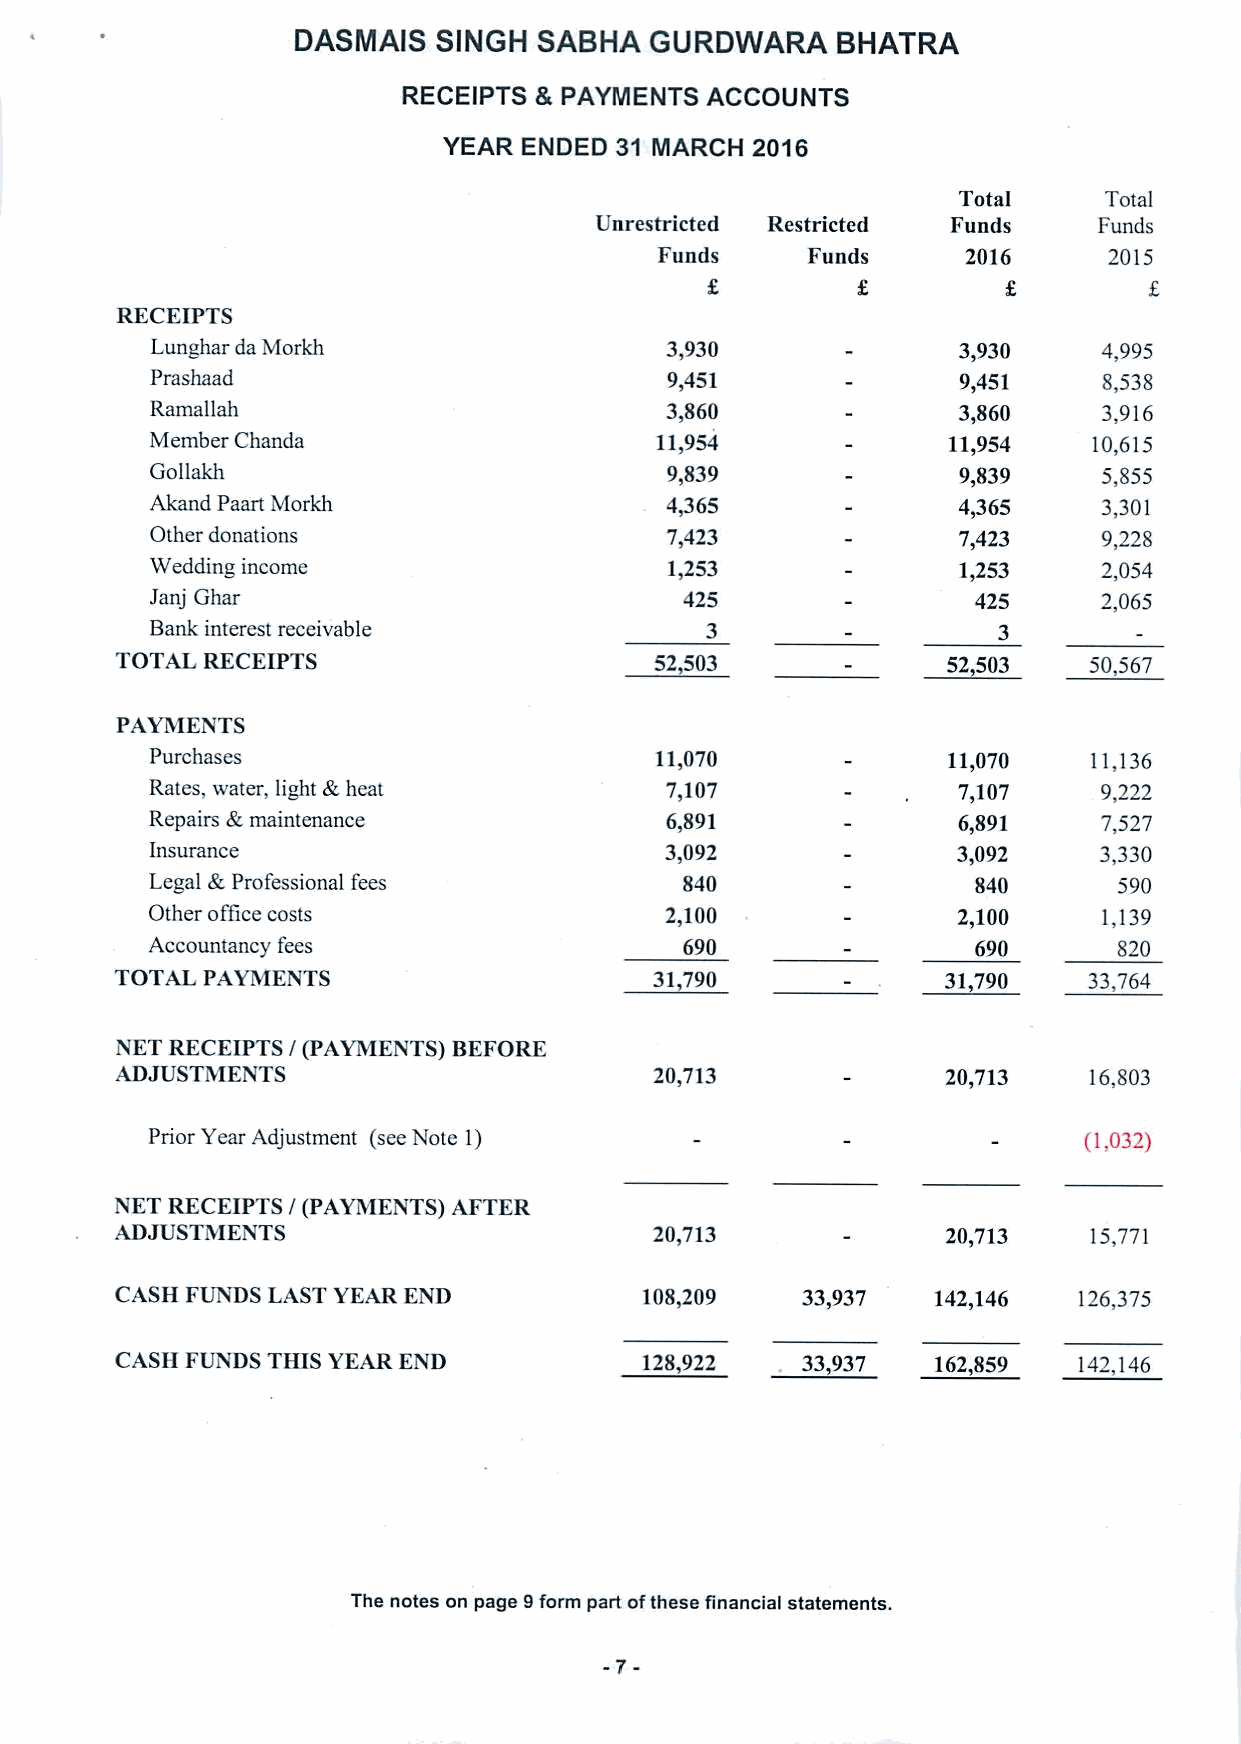
DASMAIS  SINGH  SABKA  GURDWARA    BHATRA
 RECEIPTS & PAYMENTS ACCOUNTS
 YEAR ENDED  31 MARCH 2016
 Total     Total
 Unrestricted Restricted Funds     Funds
 Funds     Funds      2016     2015
 RECEIPTS
 Lunghar da Morkh                  3,930              3,930     4,995
 Prashaad                          9,451              9,451     8,S38
 Ramallah                          3,860              3,860     3,916
 Member Chanda                    11,954              11,954   10,615
 Goilakh                           9,839              9,839     5,855
 Ahmd Paart Morkh                  4/65               4,365     3,301
 Other donations                   7,423              7,423     9,228
 Wedding income                    1,253              1,253     2,054
 Janj Ghar                          425                425      2,065
 Bank interest receivable             3                  3
 TOTAL RECEIPTS                     52,503              52 503   50,567
 PAYMENTS
 Purchases                        11,070              11,070   11,136
 k
 Rates, water, light heat          7,107              7,107     9,222
 Repairs 4,maintenance             6,891              6,891     7,527
 Insurance                         3,092              3,092     3,330
 k
 Legal Professional fees            840                840       590
 Other office costs                2,100              2,100     1,139
 Accountancy fees                   690                690       820
 TOTAL PAYMENTS                     31,790             31,790    33,764
 NET RECEIPTS I(PAYMENTS) BEFORE
 ADJUSTMENTS                        20,713              20,713   16,803
 Prior Year Adjustment (see Note 1)                            (1,032)
 NET RECEIPTS / (PAYMENTS) AFTER
 ADJUSTMENTS                        20,713              20,713   15,771
 CASH FUNDS LAST YEAR KND           108,209   33,937   142,146  126,375
 CASH FUNDS THIS YEAR KND           128,922   33,937   162,859  142,146
 The notes on page 9form part ofthese financial statements.
 -7-